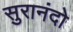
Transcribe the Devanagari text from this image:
सुरानंदो